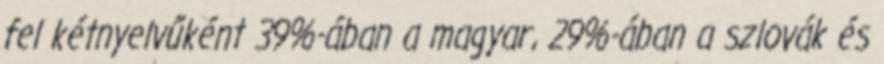
fel kétnyelvűként 39%-ában a magyar, 29%-ában a szlovák és